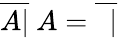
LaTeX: {\overline{{A|}}}\ A={\overline{{\ \ |}}}